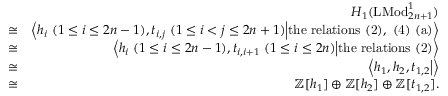
\begin{array} { r l r } & { } & { H _ { 1 } ( \mathrm { L M o d } _ { 2 n + 1 } ^ { 1 } ) } \\ & { \cong } & { \left< h _ { i } \ ( 1 \leq i \leq 2 n - 1 ) , t _ { i , j } \ ( 1 \leq i < j \leq 2 n + 1 ) \middle | \mathrm { t h e ~ r e l a t i o n s ~ ( 2 ) , ~ ( 4 ) ~ ( a ) } \right> } \\ & { \cong } & { \left< h _ { i } \ ( 1 \leq i \leq 2 n - 1 ) , t _ { i , i + 1 } \ ( 1 \leq i \leq 2 n ) \middle | \mathrm { t h e ~ r e l a t i o n s ~ ( 2 ) } \right> } \\ & { \cong } & { \left< h _ { 1 } , h _ { 2 } , t _ { 1 , 2 } \middle | \right> } \\ & { \cong } & { \mathbb { Z } [ h _ { 1 } ] \oplus \mathbb { Z } [ h _ { 2 } ] \oplus \mathbb { Z } [ t _ { 1 , 2 } ] . } \end{array}